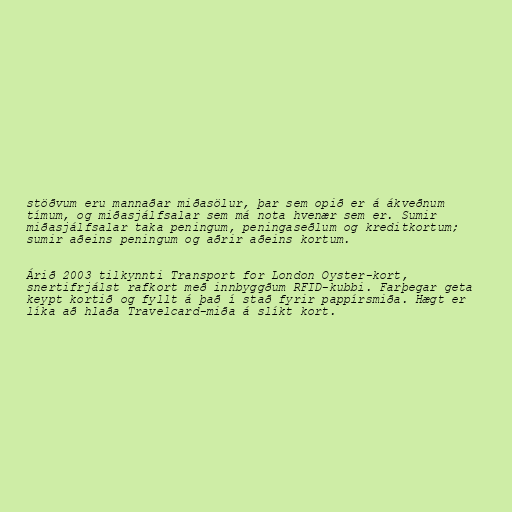
stöðvum eru mannaðar miðasölur, þar sem opið er á ákveðnum
tímum, og miðasjálfsalar sem má nota hvenær sem er. Sumir
miðasjálfsalar taka peningum, peningaseðlum og kreditkortum;
sumir aðeins peningum og aðrir aðeins kortum.

Árið 2003 tilkynnti Transport for London Oyster-kort,
snertifrjálst rafkort með innbyggðum RFID-kubbi. Farþegar geta
keypt kortið og fyllt á það í stað fyrir pappírsmiða. Hægt er
líka að hlaða Travelcard-miða á slíkt kort.